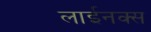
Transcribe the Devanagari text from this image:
लाईनक्स